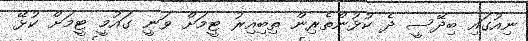
ނިއުގައި ބިދޭސީ ދެ ކުޅުންތެރިން ތިބިއިރު ޓީމަށް ވަނީ ގައުމީ ޓީމަށް ކުޅޭ